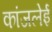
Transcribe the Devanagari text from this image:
कांजलेई